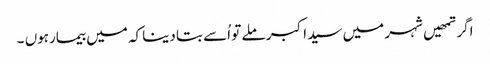
اگر تمھیں شہر میں سید اکبر ملے تو اُسے بتا دینا کہ میں بیمارہوں ۔